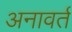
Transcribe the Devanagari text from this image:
अनावर्त